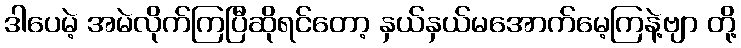
ဒါပေမဲ့ အမဲလိုက်ကြပြီဆိုရင်တော့ နှယ်နှယ်မအောက်မေ့ကြနဲ့ဗျာ တို့